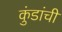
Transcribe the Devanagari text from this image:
कुंडांची